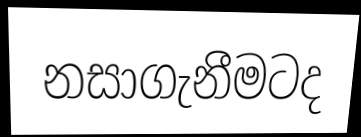
නසාගැනීමටද